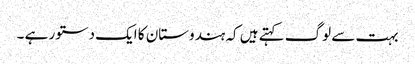
بہت سے لوگ کہتے ہیں کہ ہندوستان کا ایک دستور ہے ۔